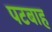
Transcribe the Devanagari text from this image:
पटबाह